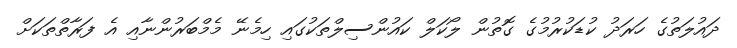
ދައުލަތުގެ ހަރަދު ކުޑަކުރުމުގެ ގޮތުން ލޯކަލް ކައުންސިލްތަކުގައި ހިމެނޭ މެމްބަރުންނާއި އެ ފަރާތްތަކަށް